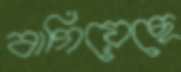
বাগিয়েছে